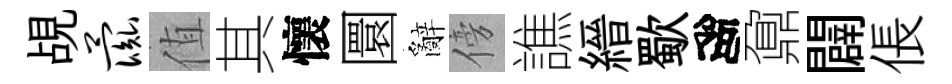
覘彘值其懷圜辭傍譙縉歜高鼐闢倀